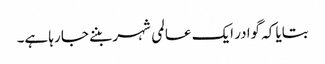
بتایا کہ گوادر ایک عالمی شہر بننے جا رہا ہے۔